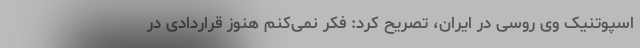
اسپوتنیک وی روسی در ایران، تصریح کرد: فکر نمی‌کنم هنوز قراردادی در